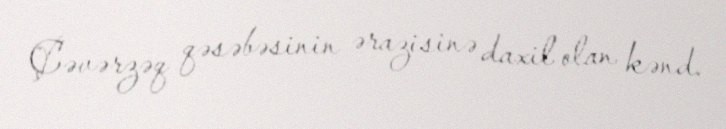
Çəvərzəq qəsəbəsinin ərazisinə daxil olan kənd.